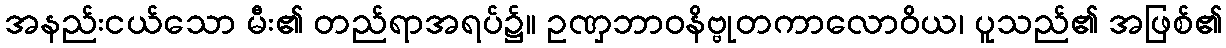
အနည်းငယ်သော မီး၏ တည်ရာအရပ်၌။ ဥဏှဘာဝနိဗ္ဗုတကာလောဝိယ၊ ပူသည်၏ အဖြစ်၏